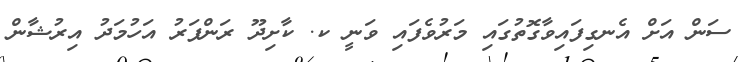
ސަން އަށް އެނގިފައިވާގޮތުގައި މަރުވެފައި ވަނީ ކ. ކާށިދޫ ރަންފަރު އަހުމަދު އިރުޝާން